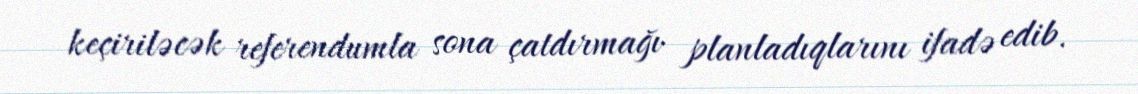
keçiriləcək referendumla sona çatdırmağı planladıqlarını ifadə edib.